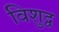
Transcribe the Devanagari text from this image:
विशुद्व